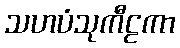
သဟပံသုကီဠကာ